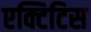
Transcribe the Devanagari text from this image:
एक्टिटिस